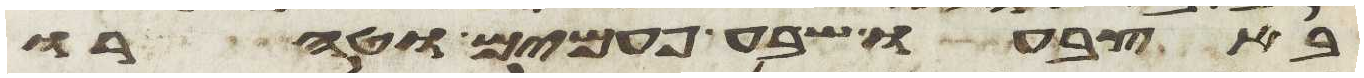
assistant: באצבעו שבע פעמים וטהרו